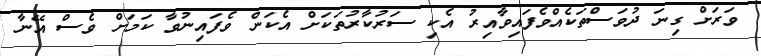
ވަރަށް ގިނަ ދުވަސްތަކެއްވެފައިވާއިރު އެކި ސަރުކާރުތަކަށް އެކަން ވެފައިނުވާ ކަމަށް ވެސް އޭނާ